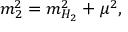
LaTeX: m _ { 2 } ^ { 2 } = m _ { H _ { 2 } } ^ { 2 } + \mu ^ { 2 } ,